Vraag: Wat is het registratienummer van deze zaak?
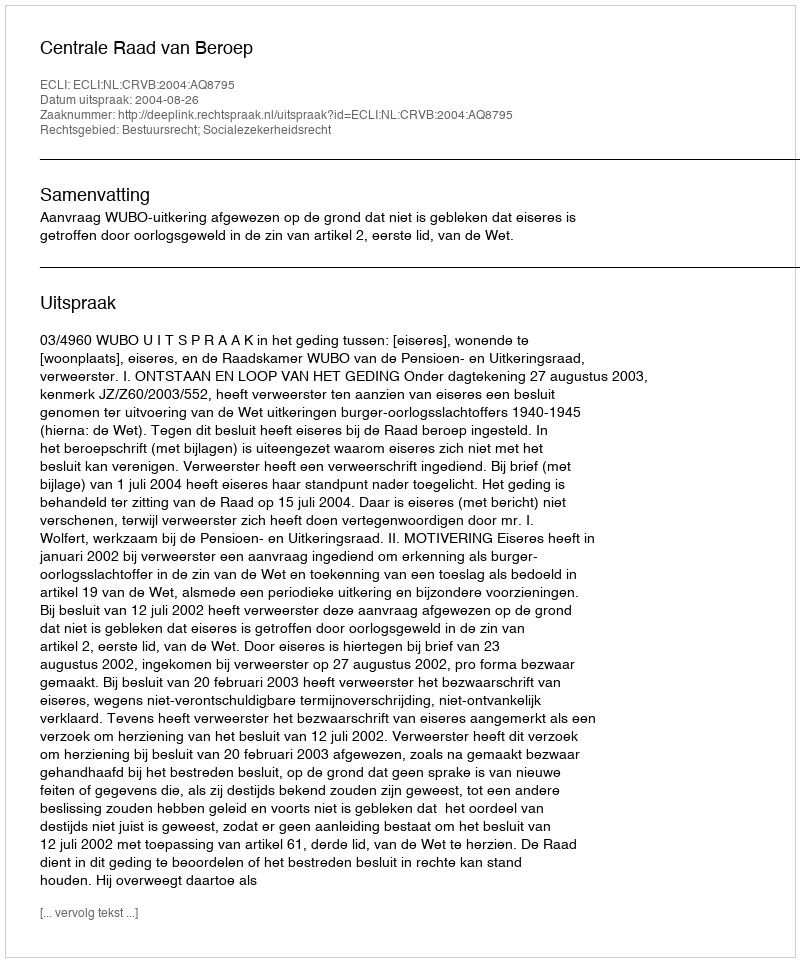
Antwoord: http://deeplink.rechtspraak.nl/uitspraak?id=ECLI:NL:CRVB:2004:AQ8795